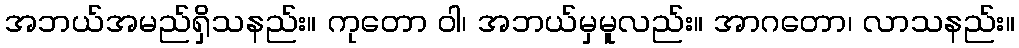
အဘယ်အမည်ရှိသနည်း။ ကုတော ဝါ၊ အဘယ်မှမူလည်း။ အာဂတော၊ လာသနည်း။